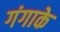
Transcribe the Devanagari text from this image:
गंगाके